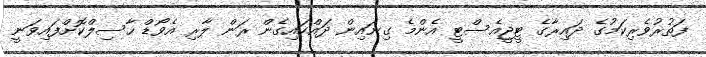
ފަތުރުވެރިކަމުގެ ދައިރާގެ ޓީޖީއެސްޓީ އެންމެ ގިނައިން ދައްކައިގެން ރަން ލާރި އެވޯޑް ހާސިލްކޮށްފައިވަނީ